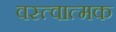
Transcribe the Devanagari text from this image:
वस्त्वात्मक